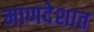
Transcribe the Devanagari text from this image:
माणदेशात